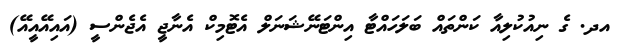
އދ. ގެ ނިއުކުލިއާ ކަންތައް ބަލަހައްޓާ އިންޓަނޭޝަނަލް އެޓޮމިކް އެނާޖީ އެޖެންސީ (އައިއޭއީއޭ)